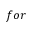
f o r